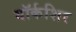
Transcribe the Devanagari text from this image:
यॉर्कशिर